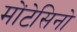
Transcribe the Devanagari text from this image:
मोंटेसिनो